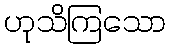
ဟုသိကြသော